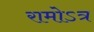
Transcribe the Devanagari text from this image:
रामोऽत्र